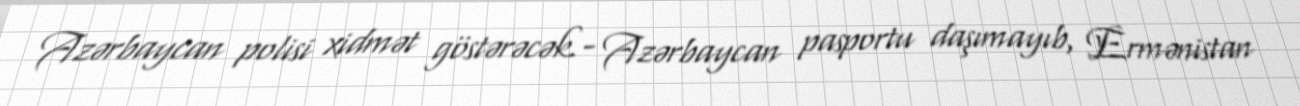
Azərbaycan polisi xidmət göstərəcək.- Azərbaycan pasportu daşımayıb, Ermənistan